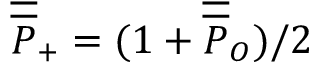
{ \overline { { \overline { P } } } _ { + } } = ( 1 + { \overline { { \overline { P } } } _ { O } } ) / 2